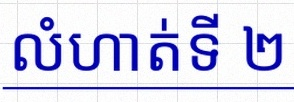
លំហាត់ទី ២